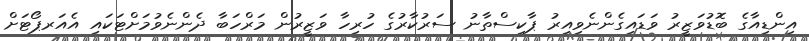
އިންޑިއާގެ ބޮޑުވަޒީރު ވަޑައިގެންނެވިއިރު ޕާކިސްތާނު ސަރުކާރުގެ ހުރިހާ ވަޒީރުން މަރްހަބާ ދެންނެވުމަށްޓަކައި އެއަރޕޯޓަށް